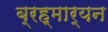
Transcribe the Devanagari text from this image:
ब्रह्मार्यन